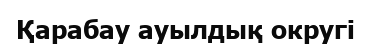
Қарабау ауылдық округі